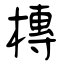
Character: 槫